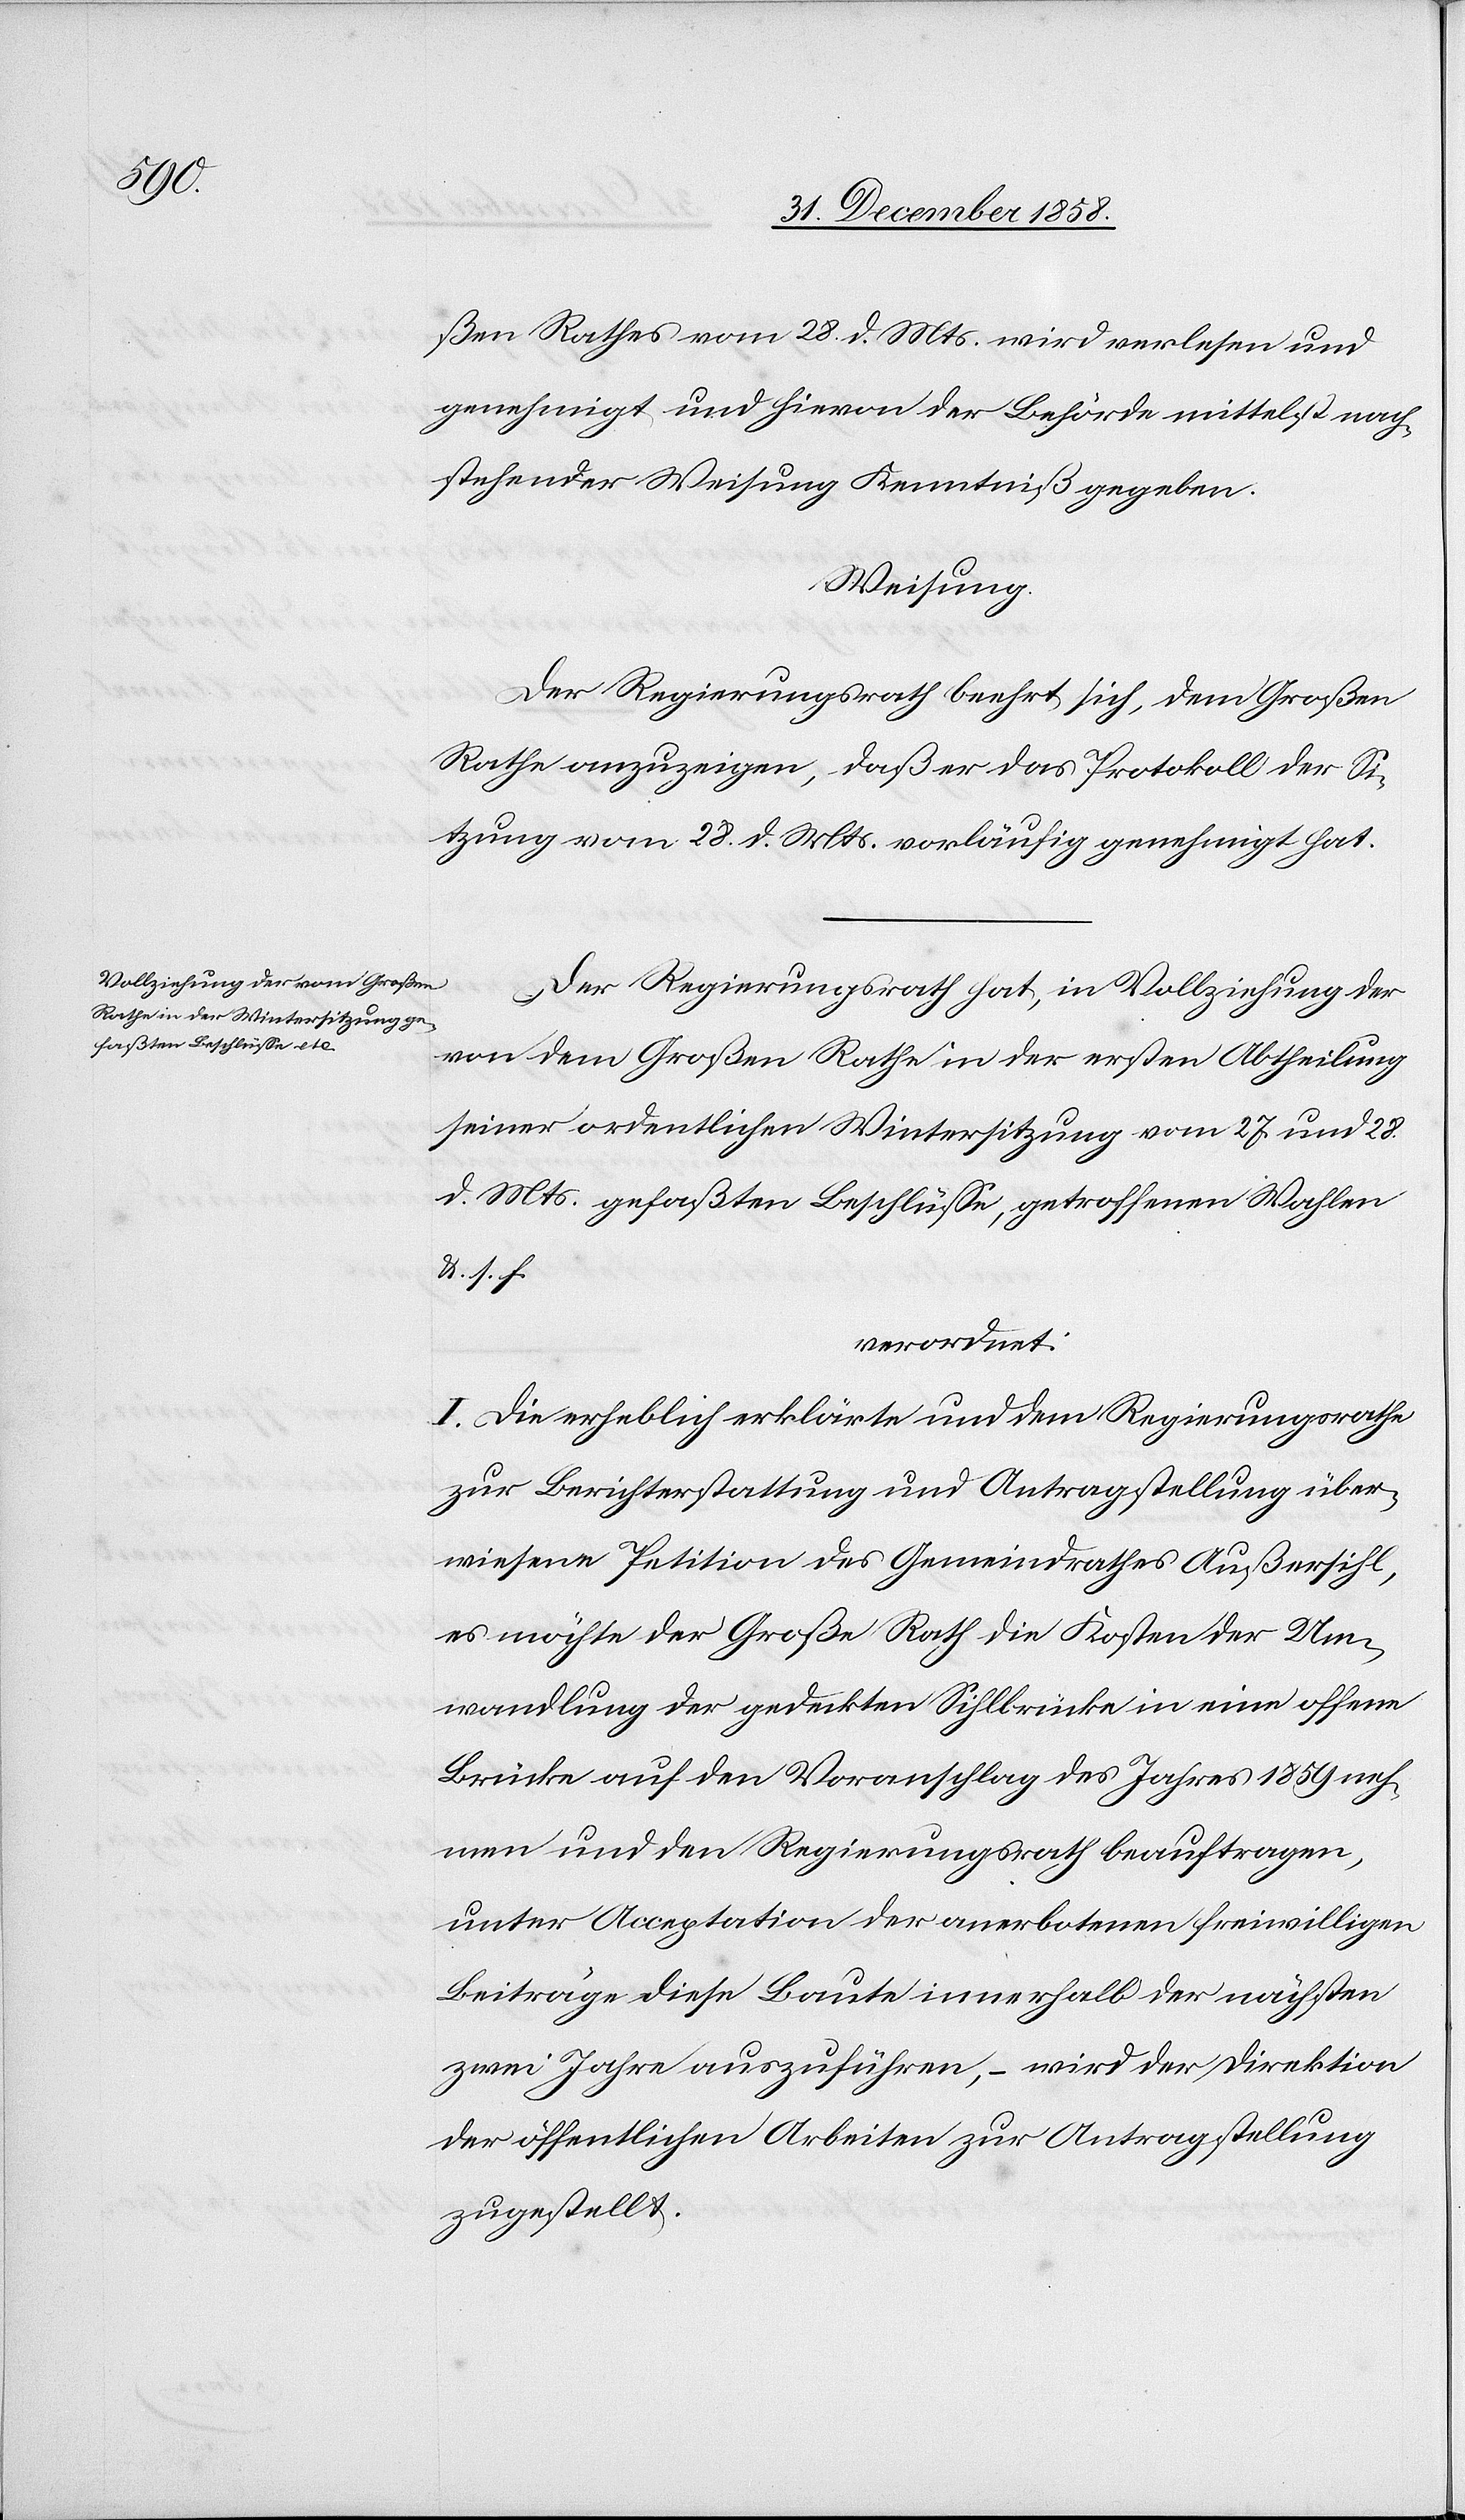
Klassifi-

den sich